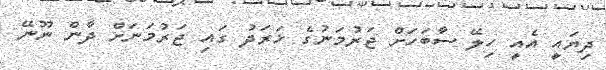
ދިޔައީ އެއީ ހިލޭ ސާބަހަށް ޖަރުމަނުގެ ޚަރަދު ގައި ޖަރުމަނަށް ދާން ނޫނޭ